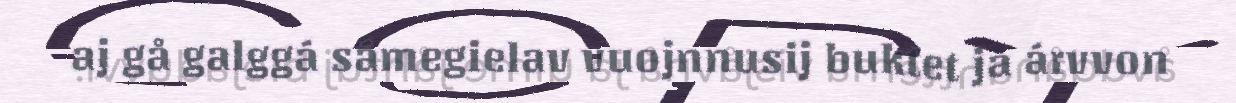
aj gå galggá sámegielav vuojnnusij buktet ja árvvon